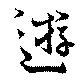
遊